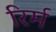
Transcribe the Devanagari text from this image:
रिर्म